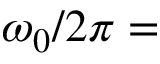
\omega _ { 0 } / 2 \pi =